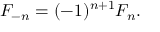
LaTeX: F _ { - n } = ( - 1 ) ^ { n + 1 } F _ { n } .